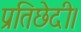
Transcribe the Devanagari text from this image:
प्रतिछेदी।